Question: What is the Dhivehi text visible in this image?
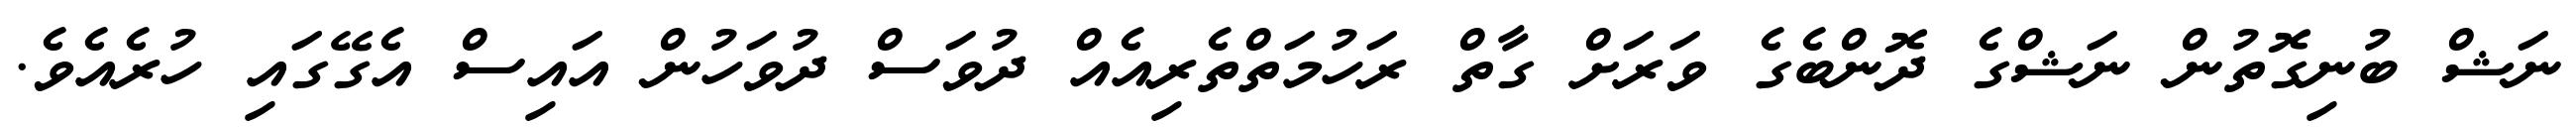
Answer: ނަޝް ބުނިގޮތުން ނަޝްގެ ދޮންބެގެ ވަރަށް ގާތް ރަހުމަތްތެރިއެއް ދުވަސް ދުވަހުން އައިސް އެގޭގައި ހުރެއެވެ.